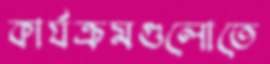
কার্যক্রমগুলোতে